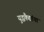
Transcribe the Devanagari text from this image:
युद्धकैद्यांचा